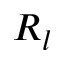
R _ { l }